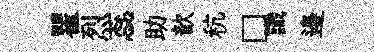
瞿烈蕊助歆秔□識邉